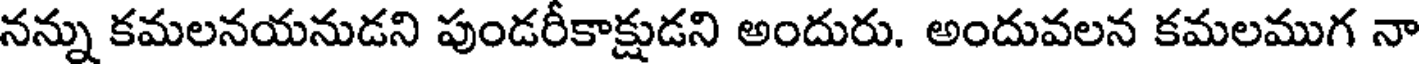
నన్ను కమలనయనుడని పుండరీకాక్షుడని అందురు. అందువలన కమలముగ నా